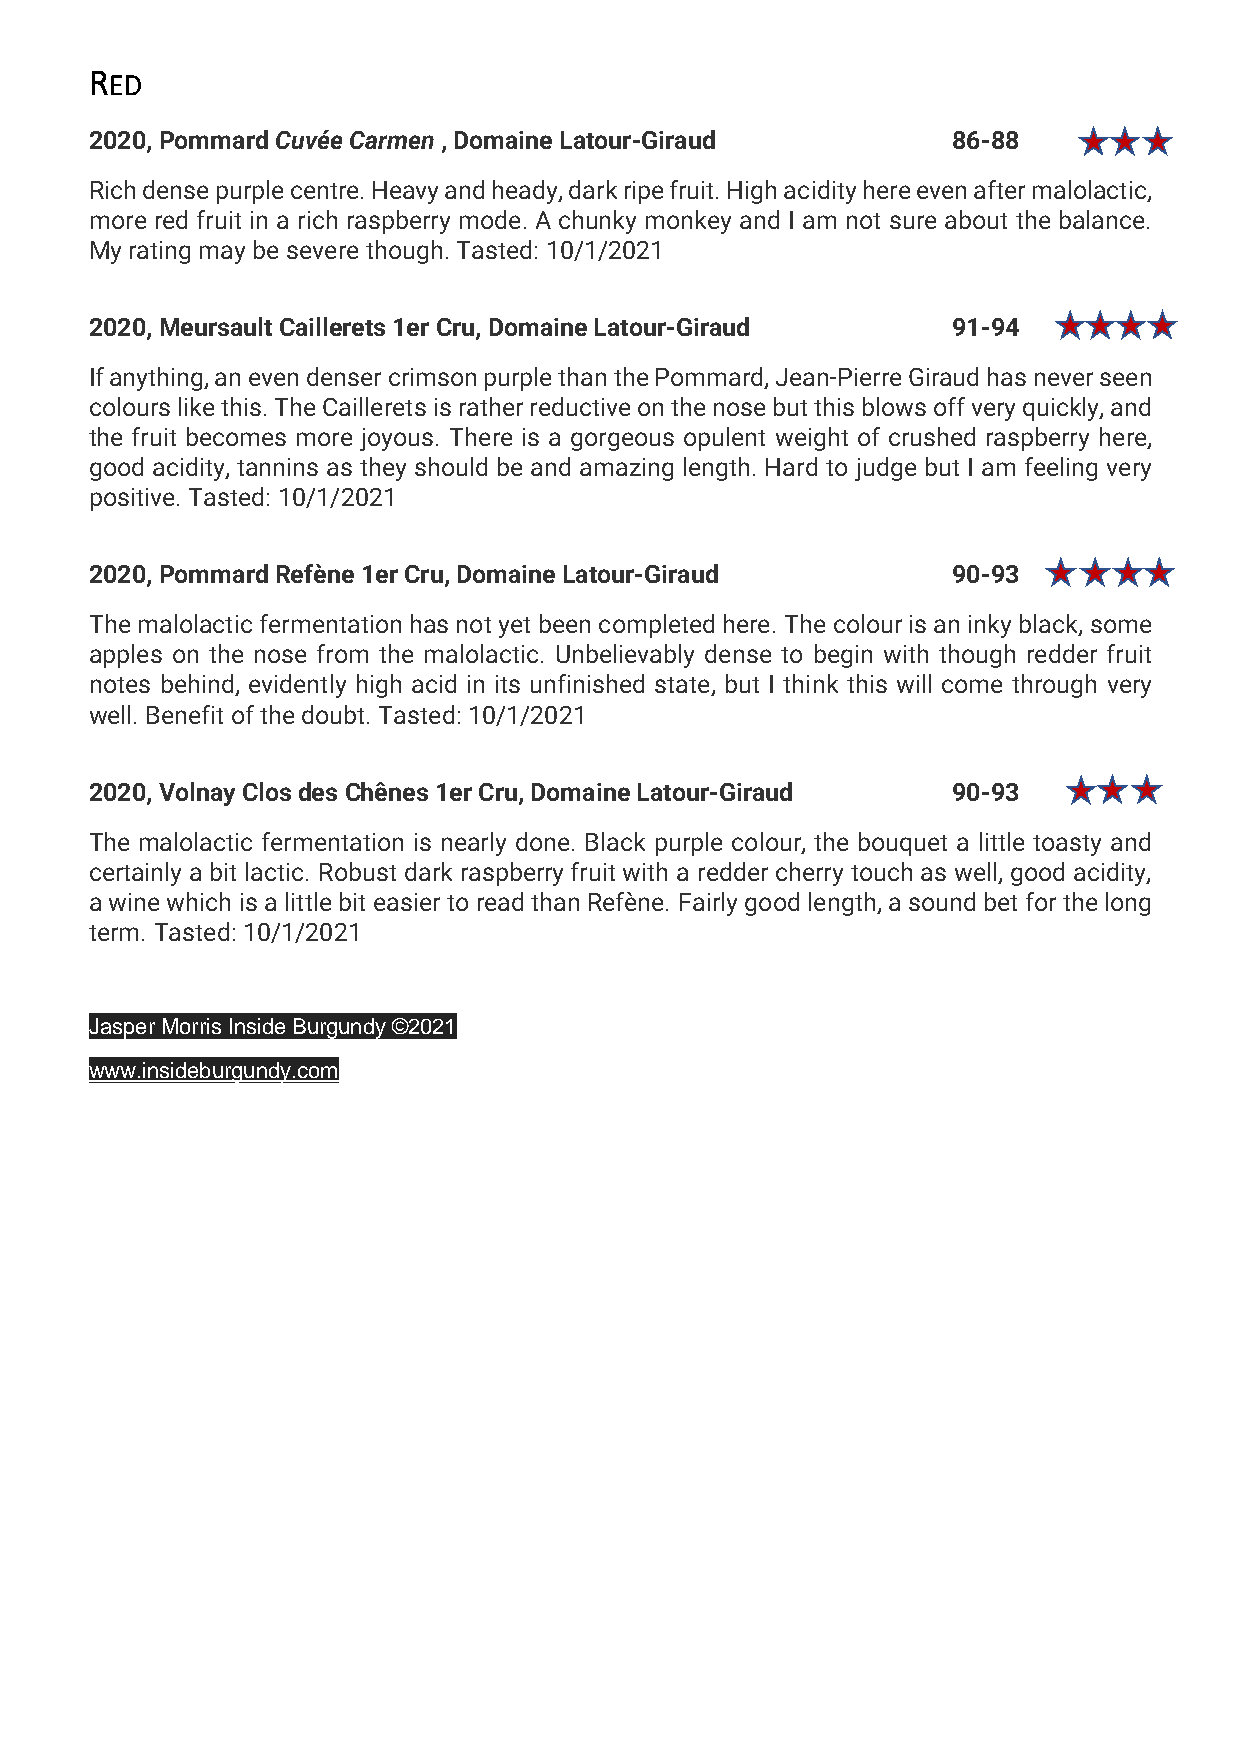
RED
 2020, Pommard Cuvée Carmen , Domaine Latour-Giraud       86-88
 Rich dense purple centre. Heavy and heady, dark ripe fruit. High acidity here even after malolactic,
 more red fruit in a rich raspberry mode. A chunky monkey and I am not sure about the balance.
 My rating may be severe though. Tasted: 10/1/2021
 2020, Meursault Caillerets 1er Cru, Domaine Latour-Giraud 91-94
 If anything, an even denser crimson purple than the Pommard, Jean-Pierre Giraud has never seen
 colours like this. The Caillerets is rather reductive on the nose but this blows off very quickly, and
 the fruit becomes more joyous. There is a gorgeous opulent weight of crushed raspberry here,
 good acidity, tannins as they should be and amazing length. Hard to judge but I am feeling very
 positive. Tasted: 10/1/2021
 2020, Pommard Refène 1er Cru, Domaine Latour-Giraud      90-93
 The malolactic fermentation has not yet been completed here. The colour is an inky black, some
 apples on the nose from the malolactic. Unbelievably dense to begin with though redder fruit
 notes behind, evidently high acid in its unfinished state, but I think this will come through very
 well. Benefit of the doubt. Tasted: 10/1/2021
 2020, Volnay Clos des Chênes 1er Cru, Domaine Latour-Giraud 90-93
 The malolactic fermentation is nearly done. Black purple colour, the bouquet a little toasty and
 certainly a bit lactic. Robust dark raspberry fruit with a redder cherry touch as well, good acidity,
 a wine which is a little bit easier to read than Refène. Fairly good length, a sound bet for the long
 term. Tasted: 10/1/2021
 Jasper Morris Inside Burgundy ©2021
 www.insideburgundy.com